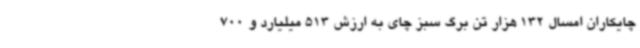
چایکاران امسال 132 هزار تن برگ سبز چای به ارزش 513 میلیارد و 700